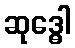
ဆုဒ္ဓေါ